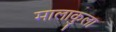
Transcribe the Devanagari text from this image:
मालाकुला